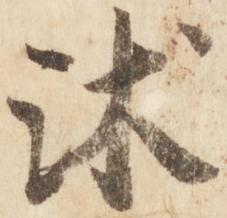
沐